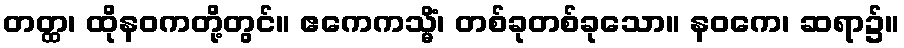
တတ္ထ၊ ထိုနဝကတို့တွင်။ ဧကေကသ္မိံ၊ တစ်ခုတစ်ခုသော။ နဝကေ၊ ဆရာ၌။